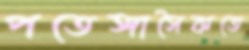
পতেঙ্গাসৈকতে